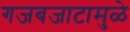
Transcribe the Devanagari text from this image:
गजबजाटामुळे